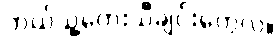
ဘယ်သူ့တေးသီချင်းတွေလဲ။